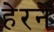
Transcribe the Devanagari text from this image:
हेरने